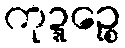
ကုဍ္ဍဉ္စေ